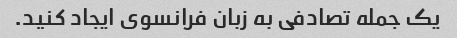
یک جمله تصادفی به زبان فرانسوی ایجاد کنید.